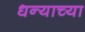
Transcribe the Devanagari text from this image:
धन्याच्या